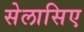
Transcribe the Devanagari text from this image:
सेलासिए